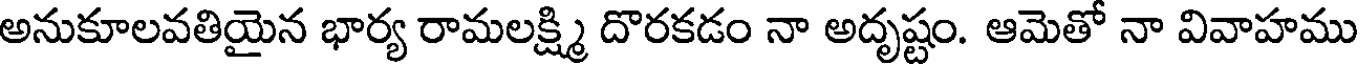
అనుకూలవతియైన భార్య రామలక్ష్మి దొరకడం నా అదృష్టం. ఆమెతో నా వివాహము